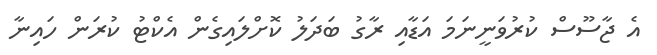
އެ ޖާސޫސް ކުރުވަނީނަމަ އަޑާއި ރާގު ބަދަލު ކޮށްލައިގެން އެކްޓު ކުރަން ހައިނާ